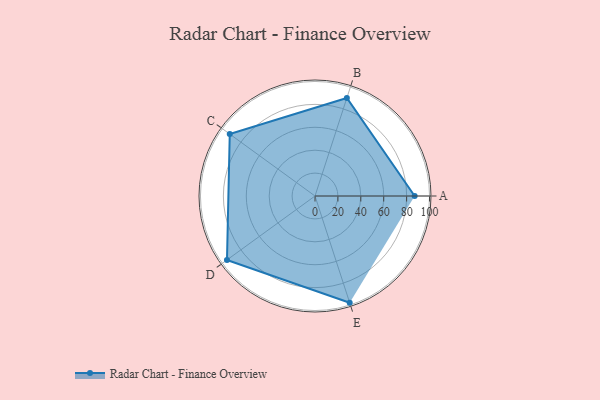
{"axis": {"x": "Skill", "y": "Score"}, "legend": ["Profile"], "data": [{"x": "A", "y": 87.0, "type": "Profile"}, {"x": "B", "y": 90.0, "type": "Profile"}, {"x": "C", "y": 92.0, "type": "Profile"}, {"x": "D", "y": 95.0, "type": "Profile"}, {"x": "E", "y": 98.0, "type": "Profile"}]}